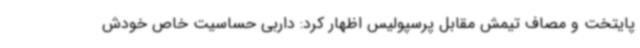
پایتخت و مصاف تیمش مقابل پرسپولیس اظهار کرد: داربی حساسیت خاص خودش